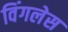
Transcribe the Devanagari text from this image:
विंगलेस